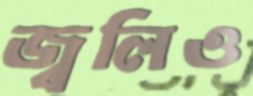
জ্বলিও